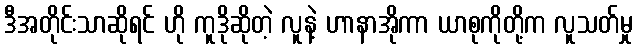
ဒီအတိုင်းသာဆိုရင် ဟို ကူဒိုဆိုတဲ့ လူနဲ့ ဟာနာအိုကာ ယာစုကိုတို့က လူသတ်မှု